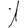
Digit: 1